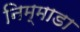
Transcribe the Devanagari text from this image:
निम्माडा